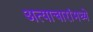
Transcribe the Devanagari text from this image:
अत्याचारांमध्ये